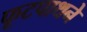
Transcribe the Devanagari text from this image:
फूटपाथने